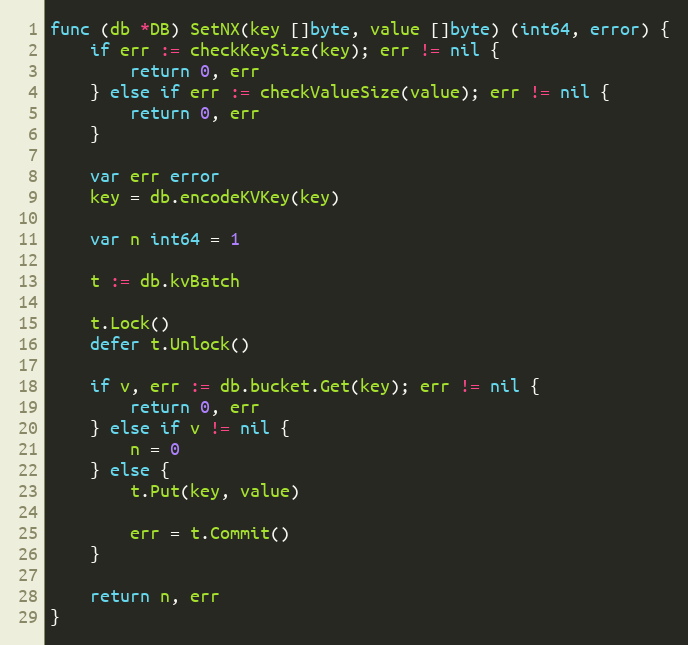
Language: Go
func (db *DB) SetNX(key []byte, value []byte) (int64, error) {
	if err := checkKeySize(key); err != nil {
		return 0, err
	} else if err := checkValueSize(value); err != nil {
		return 0, err
	}

	var err error
	key = db.encodeKVKey(key)

	var n int64 = 1

	t := db.kvBatch

	t.Lock()
	defer t.Unlock()

	if v, err := db.bucket.Get(key); err != nil {
		return 0, err
	} else if v != nil {
		n = 0
	} else {
		t.Put(key, value)

		err = t.Commit()
	}

	return n, err
}